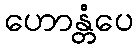
ဟောန္တံပေ